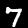
Label: 7